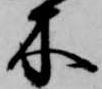
木